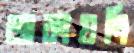
তাকায়নি